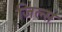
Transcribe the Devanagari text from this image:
जिल्स